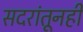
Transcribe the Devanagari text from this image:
सदरांतूनही